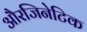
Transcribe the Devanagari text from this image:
औरजिनेटिक